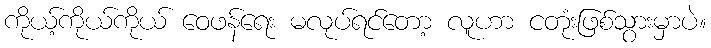
ကိုယ့်ကိုယ်ကိုယ် ဝေဖန်ရေး မလုပ်ရင်တော့ လူဟာ ငတုံးဖြစ်သွားမှာပဲ။